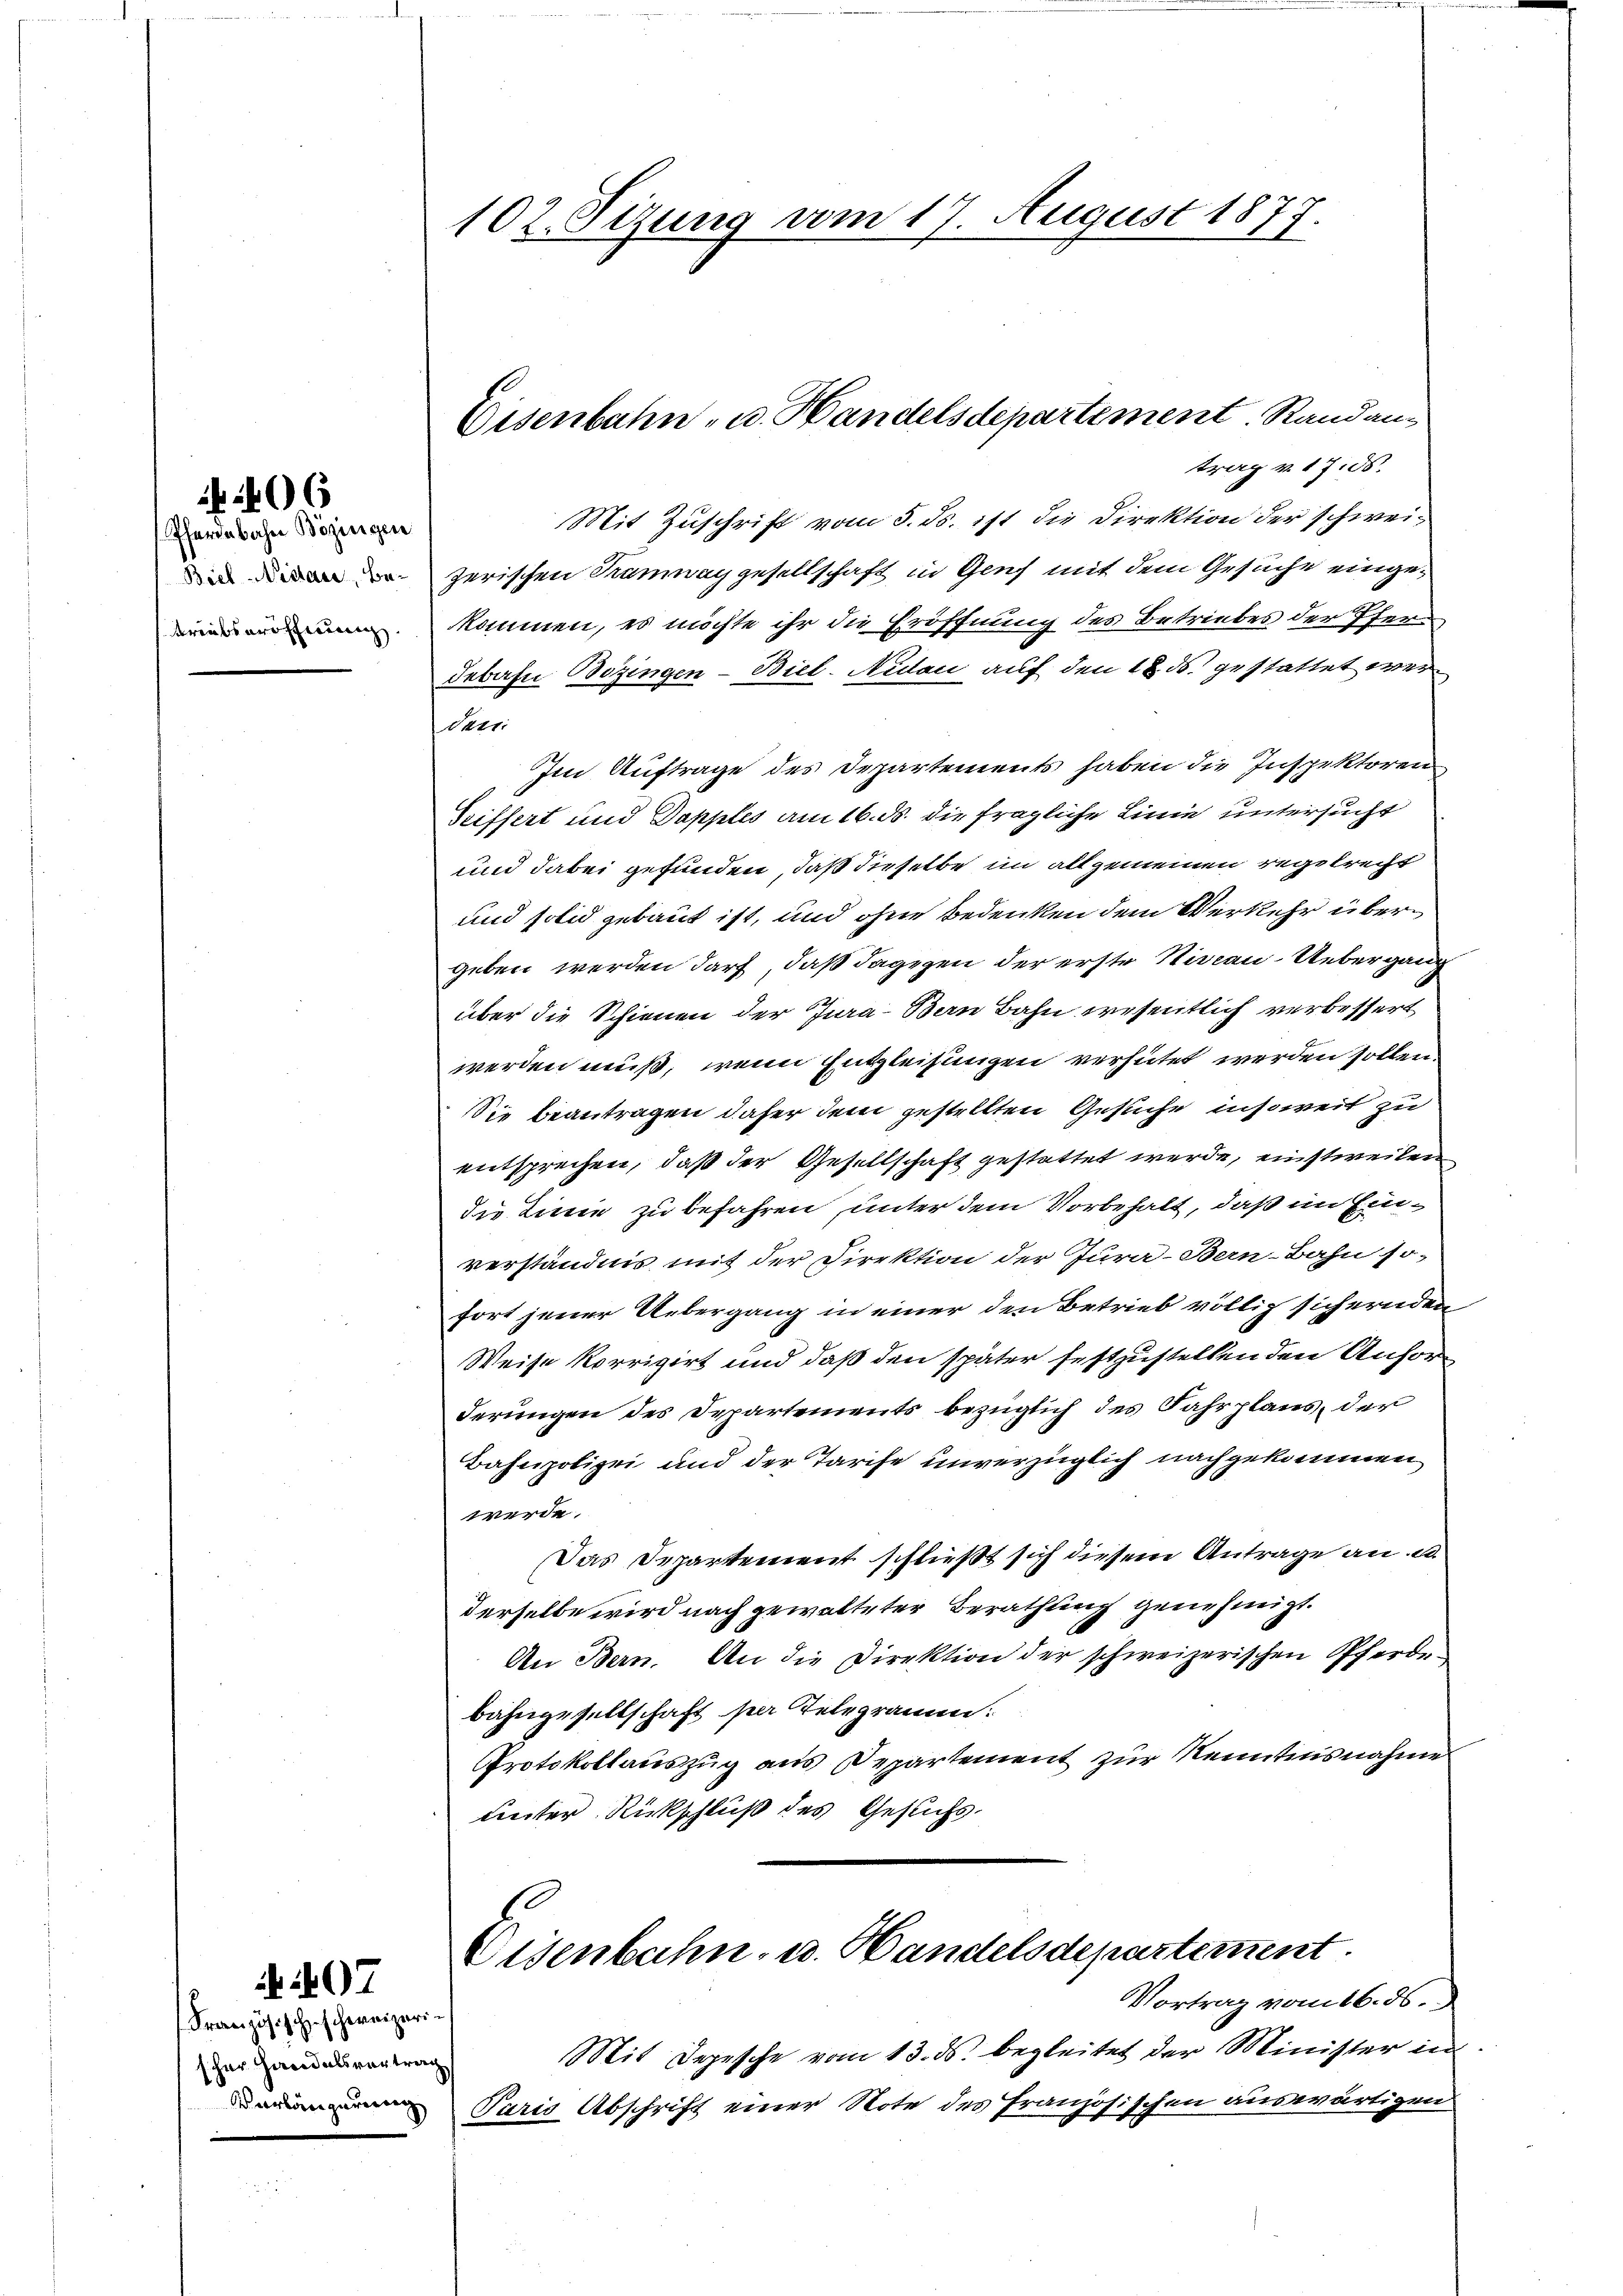
f 40 x

Pferdebahn Bözirigen
Biel-Nishaus, Be¬
Arealseröffnung.

Französisch schweizerischer Handelsvortra¬
Verlängerung

07

102. Sizung vom 17. August 1877

Eisenbahn- u. Handelsdepartement. Randans

trag v. 17. ds.
Mit Zuschrift vom 5. ds. ist die Direktion der schweizerischen Rauneggesellschaft in Genf mit dem Gesuche eingekommen, es möchte ihr die Eröffnung des Betriebes der Pferdebahn Bözingen-Biel. Nidau auf den 18. ds. gestattet wer¬
Darr
Im Auftrage des Departements haben die Inspektoren
Seiffert und Dapples am 16. ds. die fragliche Linie untersucht
und dabei gefunden, daß dieselbe im allgemeinen regelrecht
und solid gebaut ist, und ohne Bedenken dem Verkehr übergeben werden darf, daß dagegen der erste Stiran. Uebergang
über die Schienen der Jura-Ban Bahn wesentlich verbessert
werden muß, wenn Entzleisungen verhütet werden sollen.
Die beantragen daher dem gestellten Gesuche insoweit zu
entsprechen, daß der Gesellschaft gestattet werde, einstweilen
die Linie zu befahren unter dem Vorbehalt, daß im Einverständnis mit der Direktion der Jura-Bern-Bahn sofort jener Uebergang in einer den Betrieb völlig sichernden
Weise korrigirt und daß den später festzustellenden Anhörderungen des Departements bezüglich des Fahrplans, der
Bahnpolizei und der Tarife unverzüglich nachgekommen
werde.
Das Departement schließt sich diesem Antrage an. da
derselbe wird nach gewalteter Berathung genehmigt.
An Bern. An die Direktion der schweizerischen Pferde-
bahngesellschaft per Telegramm.
Protokollauszug aus Departement zur Kenntnisnahme
unter Rückschluß des Gesuchs-
Eisenbahn- u. Handelsdepartement.
Vortrag vom 16. ds.
Mit Depesche vom 13. ds. begleitet der Minister in
Paris Abschrift einer Note des Französischen auswärtigen

a